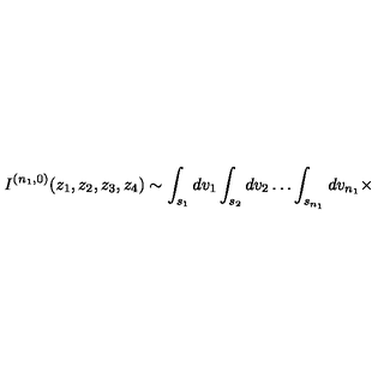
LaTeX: I ^ { ( n _ { 1 } , 0 ) } ( z _ { 1 } , z _ { 2 } , z _ { 3 } , z _ { 4 } ) \sim \int _ { s _ { 1 } } d v _ { 1 } \int _ { s _ { 2 } } d v _ { 2 } \ldots \int _ { s _ { n _ { 1 } } } d v _ { n _ { 1 } } \times